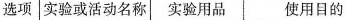
选项 实验或活动名称 实验用品 使用目的